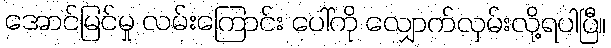
အောင်မြင်မှု လမ်းကြောင်း ပေါ်ကို လျှောက်လှမ်းလို့ရပါပြီ။